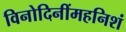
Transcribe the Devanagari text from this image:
विनोदिनींमहनिशं